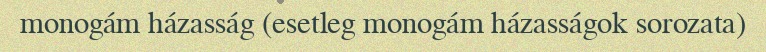
monogám házasság (esetleg monogám házasságok sorozata)